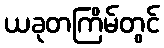
ယခုတကြိမ်တွင်